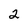
Character: 2